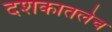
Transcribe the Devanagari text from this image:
दशकातलेच